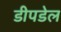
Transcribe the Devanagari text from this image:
डीपडेल